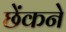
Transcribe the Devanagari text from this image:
छेंकने